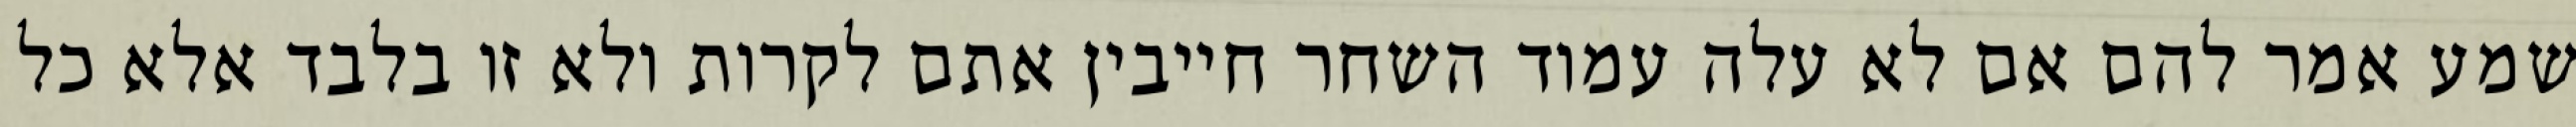
שמע אמר להם אם לא עלה עמוד השחר חייבין אתם לקרות ולא זו בלבד אלא כל